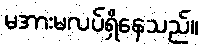
မအားမလပ်ရှိနေသည်။